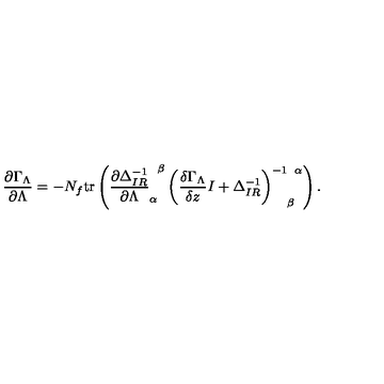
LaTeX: \frac { \partial \Gamma _ { \Lambda } } { \partial \Lambda } = - N _ { f } \mathrm { t r } \left( \frac { \partial \Delta _ { I R } ^ { - 1 } } { \partial \Lambda } _ { \alpha } ^ { \phantom { \alpha } \beta } \left( \frac { \delta \Gamma _ { \Lambda } } { \delta z } I + \Delta _ { I R } ^ { - 1 } \right) _ { \phantom { - 1 } \beta } ^ { - 1 \phantom { \beta } \alpha } \right) .